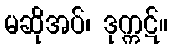
မဆိုအပ်၊ ဒုက္ကဋ်။